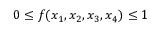
0 \le f ( x _ { 1 } , x _ { 2 } , x _ { 3 } , x _ { 4 } ) \le 1